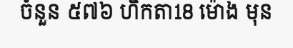
ចំនួន ៥៧៦ ហិកតា18 ម៉ោង មុន